Plague in India, 1896, 1897 - Volume 1
Year: 1896
Disease focus: Plague
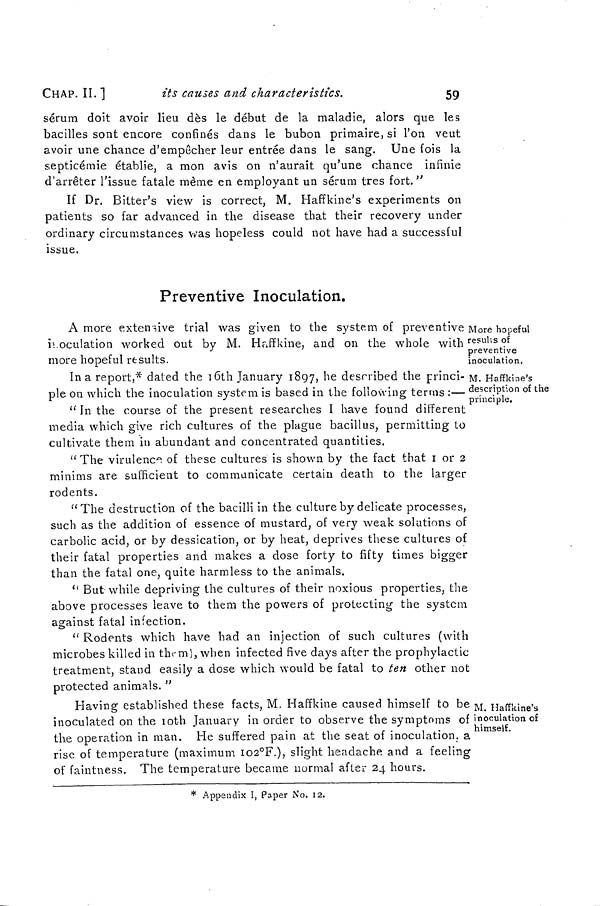
CHAP. II.]
its causes and characteristics.
59
sérum doit avoir lieu dès le début de la maladie, alors que les
bacilles sont encore confinés dans le bubon primaire, si l'on veut
avoir une chance d'empêcher leur entrée dans le sang. Une fois la
septicémie établie, a mon avis on n'aurait qu'une chance infinie
d'arrêter l'issue fatale même en employant un sérum tres fort. "
If Dr. Bitter's view is correct, M. Haffkine's experiments on
patients so far advanced in the disease that their recovery under
ordinary circumstances was hopeless could not have had a successful
issue.
Preventive Inoculation.
More hopeful
results of
preventive
inoculation.
A more extensive trial was given to the system of preventive
it oculation worked out by M. Haffkine, and on the whole with
more hopeful results.
M. Haffkine's
description of the
principle.
Ina report,* dated the 16th January 1897, he described the princi-
ple on which the inoculation system is based in the following terms :—
" In the course of the present researches I have found different
media which give rich cultures of the plague bacillus, permitting to
cultivate them in abundant and concentrated quantities.
"The virulence of these cultures is shown by the fact that 1 or 2
minims are sufficient to communicate certain death to the larger
rodents.
"The destruction of the bacilli in the culture by delicate processes,
such as the addition of essence of mustard, of very weak solutions of
carbolic acid, or by dessication, or by heat, deprives these cultures of
their fatal properties and makes a dose forty to fifty times bigger
than the fatal one, quite harmless to the animals.
"But while depriving the cultures of their noxious properties, the
above processes leave to them the powers of protecting the system
against fatal infection.
" Rodents which have had an injection of such cultures (with
microbes killed in them), when infected five days after the prophylactic
treatment, stand easily a dose which would be fatal to ¿en other not
protected animals. "
M. Haffkine's
inoculation of
himself.
Having established these facts, M. Haffkine caused himself to be
inoculated on the 10th January in order to observe the symptoms of
the operation in man. He suffered pain at the seat of inoculation, a
rise of temperature (maximum 102°F.), slight headache and a feeling
of faintness. The temperature became normal after 24 hours.
* Appendix I, Paper No. 12.